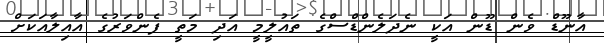
އާނޫޑް ވެން ޑޫން އަކީ ނެދަލެންޑްސްގެ ތައުލީމީ އަދި މަތީ ފެންވަރުގެ އާއިލާއަކަށް